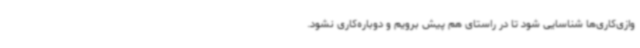
وازی‌کاری‌ها شناسایی شود تا در راستای هم پیش برویم و دوباره‌کاری نشود.